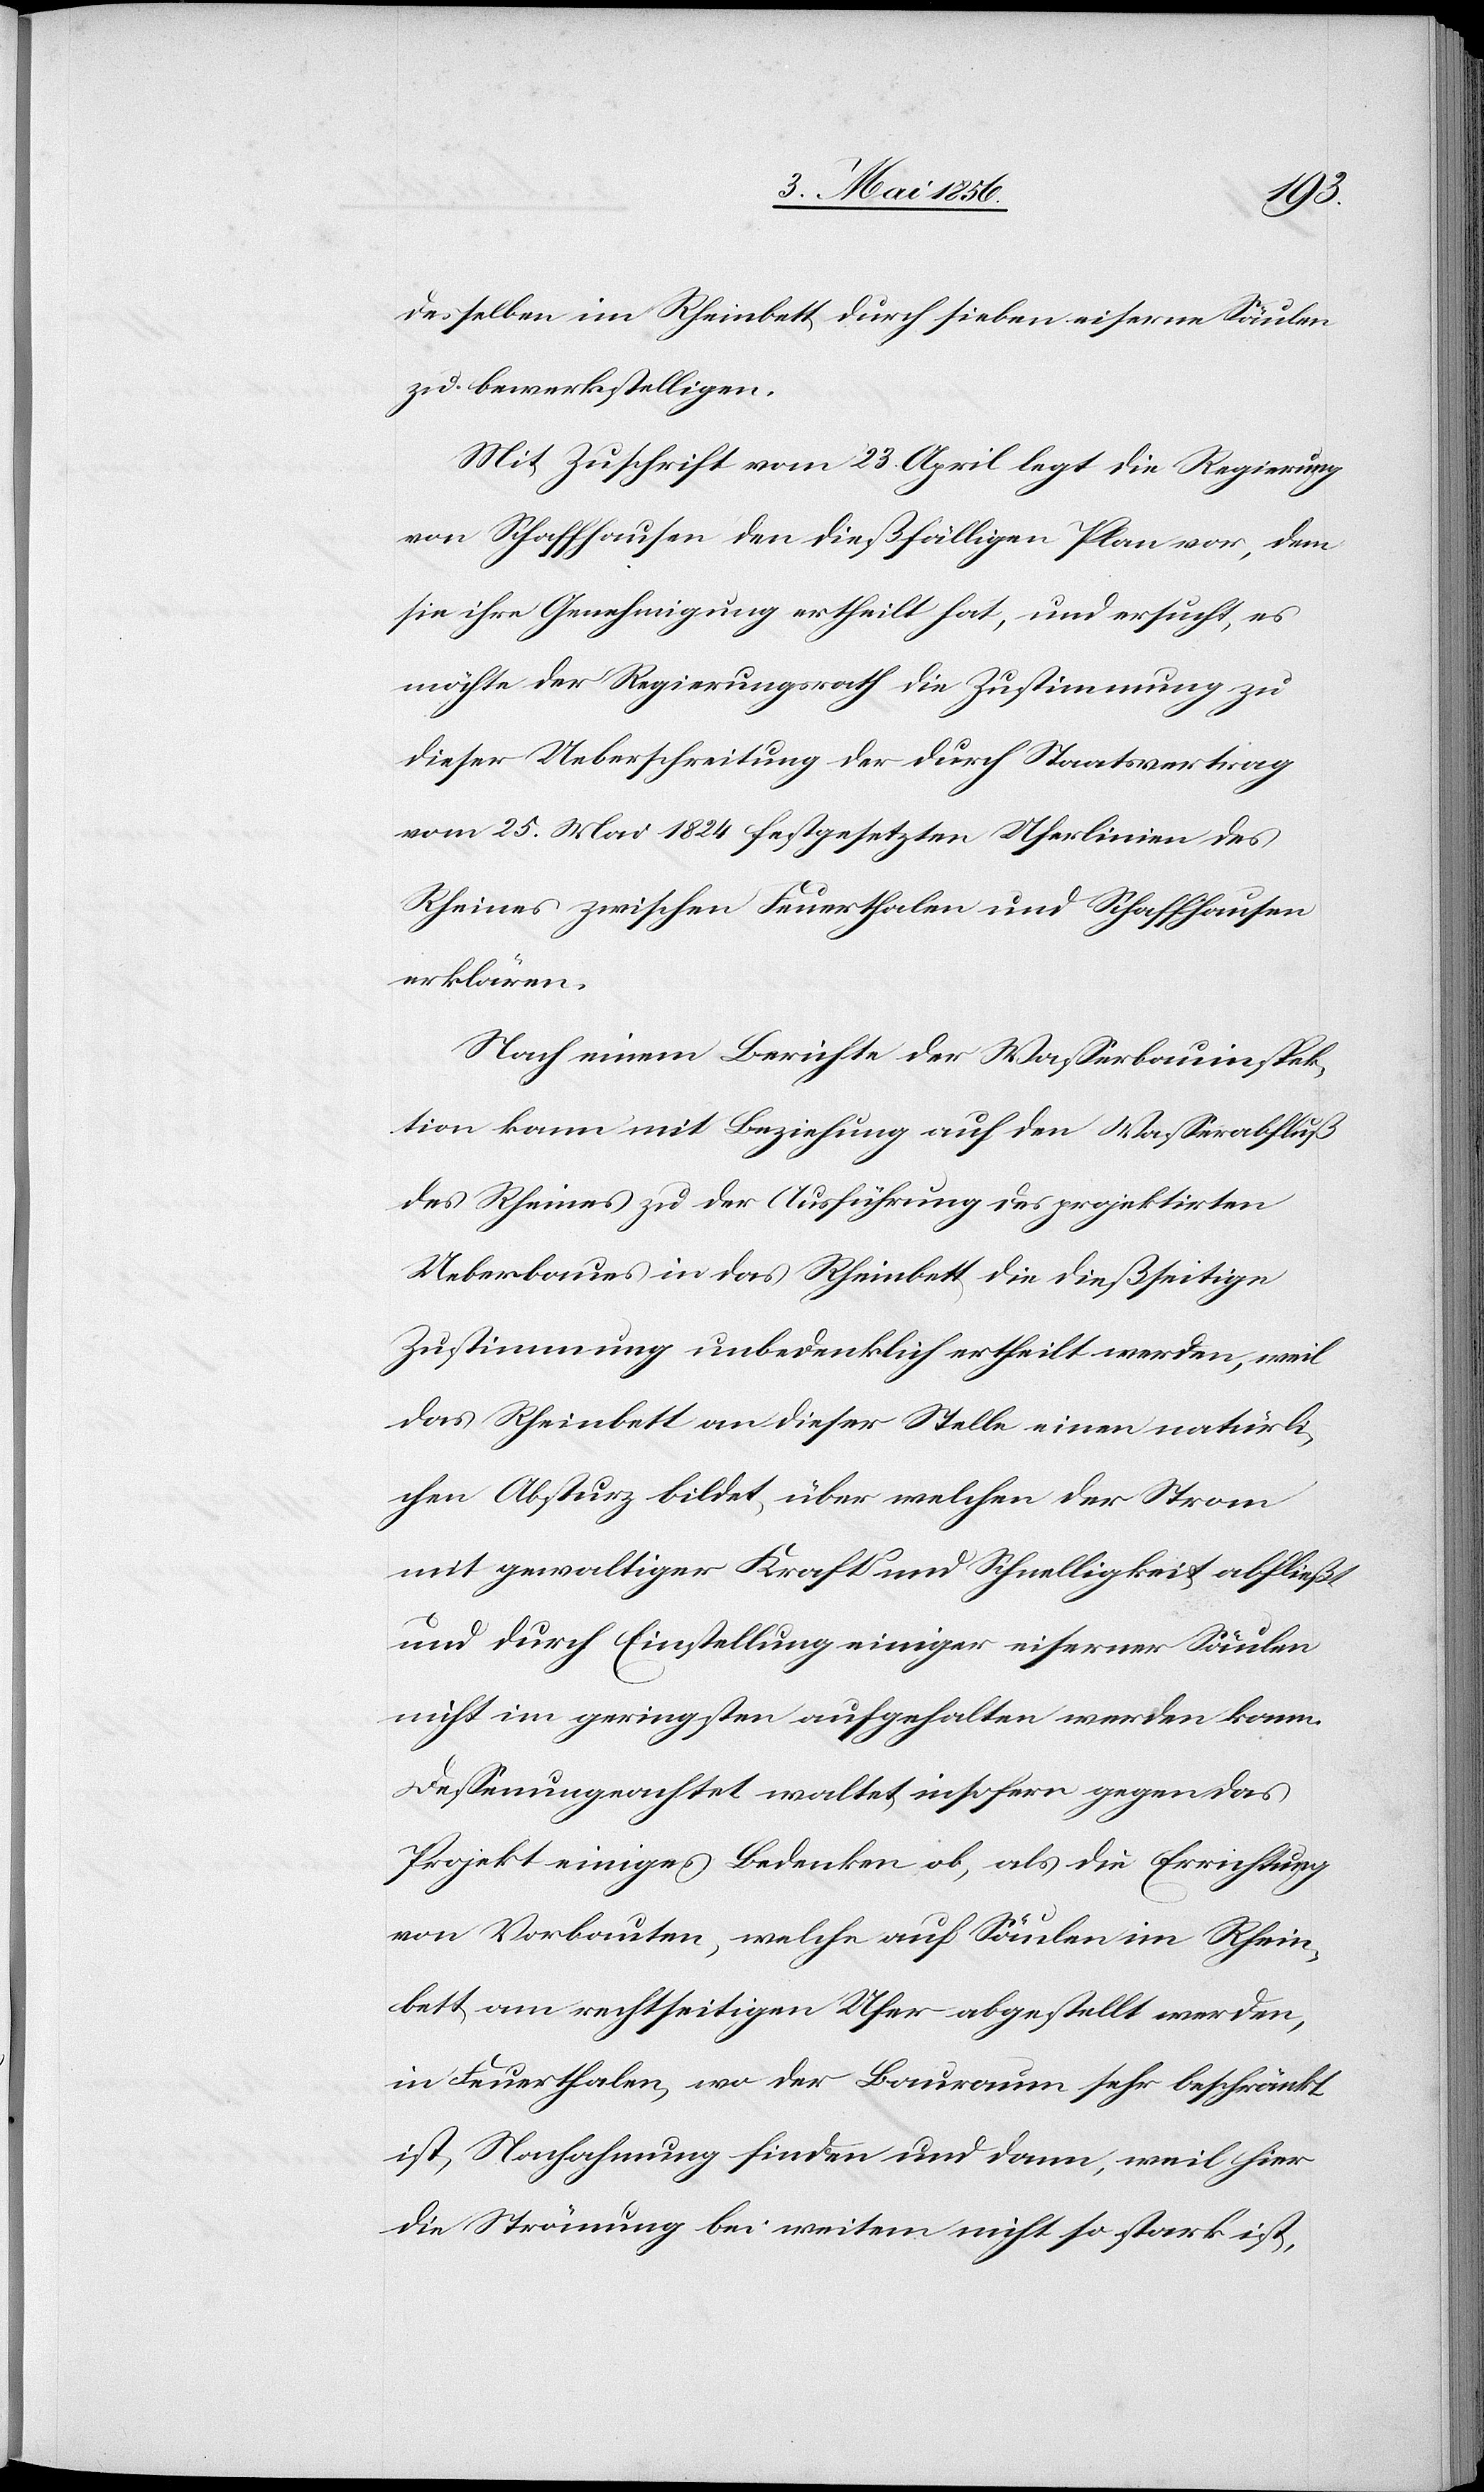
desselben im Rheinbett durch sieben eiserne Säulen
zu bewerkstelligen.
Mit Zuschrift vom 23. April legt die Regierung
von Schaffhausen den dießfälligen Plan vor, dem
sie ihre Genehmigung ertheilt hat, und ersucht, es
möchte der Regierungsrath die Zustimmung zu
dieser Ueberschreitung der durch Staatsvertrag
vom 25. Mai 1824 festgesetzten Uferlinien des
Rheines zwischen Feuerthalen und Schaffhausen
erklären.
Nach einem Berichte der Wasserbauinspek¬
tion kann mit Beziehung auf den Wasserabfluß
des Rheines zu der Ausführung des projektirten
Ueberbaues in das Rheinbett die dießseitige
Zustimmung unbedenklich ertheilt werden, weil
das Rheinbett an dieser Stelle einen natürli¬
chen Absturz bildet, über welchen der Strom
mit gewaltiger Kraft und Schnelligkeit abfließt
und durch Einstellung einiger eiserner Säulen
nicht im geringsten aufgehalten werden kann.
Dessenungeachtet waltet insofern gegen das
Projekt einiges Bedenken ob, als die Errichtung
von Vorbauten, welche auf Säulen im Rhein¬
bett am rechtseitigen Ufer abgestellt werden,
in Feuerthalen, wo der Bauraum sehr beschränkt
ist, Nachahmung finden und dann, weil hier
die Strömung bei weitem nicht so stark ist,